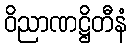
ဝိညာဏဋ္ဌိတီနံ